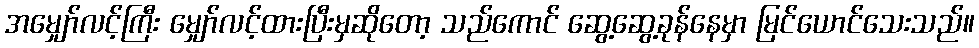
အမျှော်လင့်ကြီး မျှော်လင့်ထားပြီးမှဆိုတော့ သည်ကောင် ဆွေ့ဆွေ့ခုန်နေမှာ မြင်ယောင်သေးသည်။